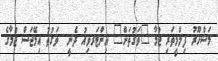
މަޝްހޫރު ފިލްމީތަރި ޖުމާ "ވަގުތަށް" އިންޓަރވިއު ދެނީ  ވަގުތު އިމޭޖަސް ޖުމާގެ